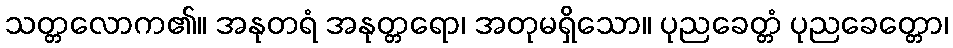
သတ္တလောက၏။ အနုတရံ အနုတ္တရော၊ အတုမရှိသော။ ပုညခေတ္တံ ပုညခေတ္တော၊